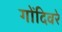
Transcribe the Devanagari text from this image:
गोंदिवरे